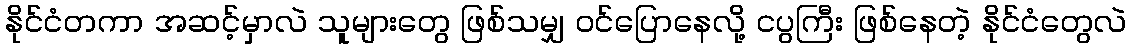
နိုင်ငံတကာ အဆင့်မှာလဲ သူများတွေ ဖြစ်သမျှ ဝင်ပြောနေလို့ ငပွကြီး ဖြစ်နေတဲ့ နိုင်ငံတွေလဲ